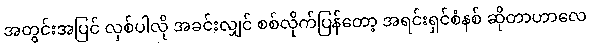
အတွင်းအပြင် လှစ်ပါလို အခင်းလျှင် စစ်လိုက်ပြန်တော့ အရင်းရှင်စံနစ် ဆိုတာဟာလေ